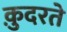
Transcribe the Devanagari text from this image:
कु़दरते